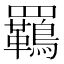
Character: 𮊡